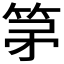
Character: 𮅏